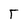
Character: T